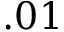
. 0 1